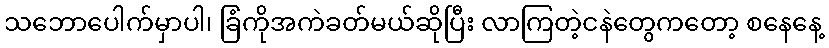
သဘောပေါက်မှာပါ၊ ခြံကိုအကဲခတ်မယ်ဆိုပြီး လာကြတဲ့ငနဲတွေကတော့ စနေနေ့